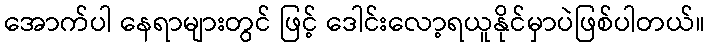
အောက်ပါ နေရာများတွင် ဖြင့် ဒေါင်းလော့ရယူနိုင်မှာပဲဖြစ်ပါတယ်။